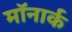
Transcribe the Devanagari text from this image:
मॉनार्क